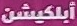
أبلكيشن